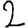
Digit: 2